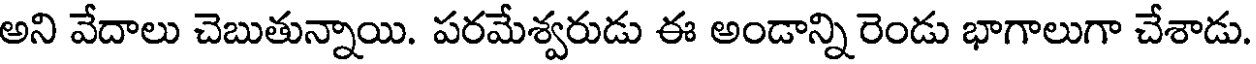
అని వేదాలు చెబుతున్నాయి. పరమేశ్వరుడు ఈ అండాన్ని రెండు భాగాలుగా చేశాడు